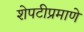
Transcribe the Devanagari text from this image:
शेपटीप्रमाणे